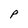
Character: P